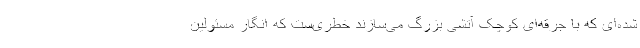
شده‌ای که با جرقه‌ای کوچک آتشی بزرگ می‌سازند خطری‌ست که انگار مسئولین